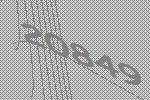
20849